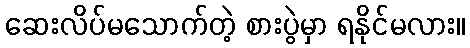
ဆေးလိပ်မသောက်တဲ့ စားပွဲမှာ ရနိုင်မလား။